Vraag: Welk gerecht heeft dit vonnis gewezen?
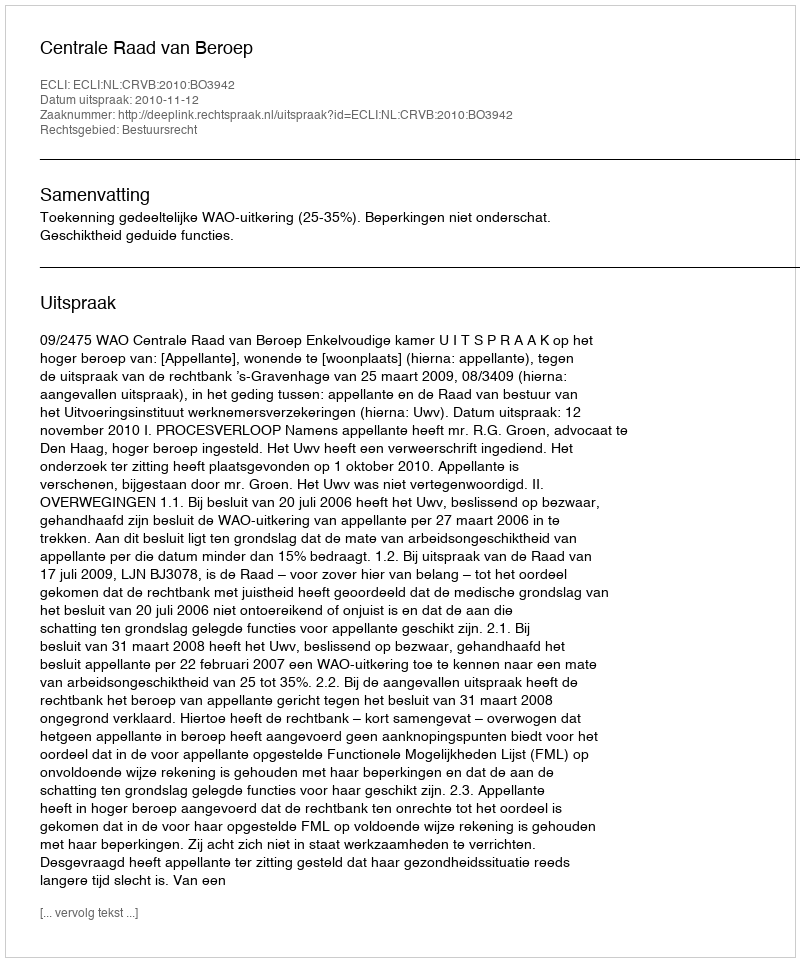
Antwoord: Centrale Raad van Beroep